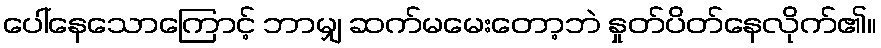
ပေါ်နေသောကြောင့် ဘာမျှ ဆက်မမေးတော့ဘဲ နှုတ်ပိတ်နေလိုက်၏။